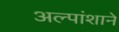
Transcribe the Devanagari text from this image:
अल्पांशाने